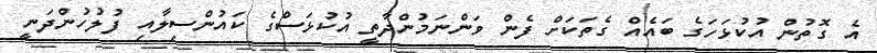
އެ ގޮތުން އުކުޅަހަގެ ބައެއް ގެތަކަށް ފެން ވަންނަމުންދާތީ އުކުޅަސްގެ ކައުންސިލާއި ފުލުހުންދަނީ